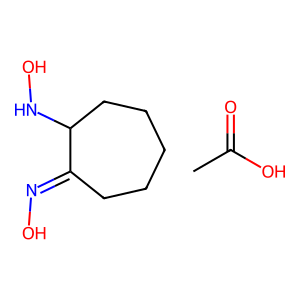
SMILES: CC(=O)O.ON=C1CCCCCC1NO
Inhibits HIV replication: No